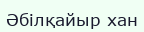
Әбілқайыр хан